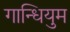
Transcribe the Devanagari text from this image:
गान्धियुम